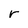
Character: r